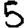
Digit: 5